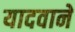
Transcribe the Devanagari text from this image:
यादवाने